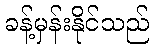
ခန့်မှန်းနိုင်သည်